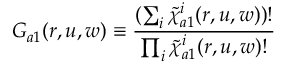
G _ { a 1 } ( r , u , w ) \equiv \frac { ( \sum _ { i } \widetilde { \chi } _ { a 1 } ^ { i } ( r , u , w ) ) ! } { \prod _ { i } \widetilde { \chi } _ { a 1 } ^ { i } ( r , u , w ) ! }